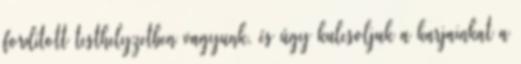
fordított testhelyzetben vagyunk, és úgy kulcsoljuk a karjainkat a